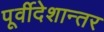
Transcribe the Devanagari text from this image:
पूर्वीदेशान्तर